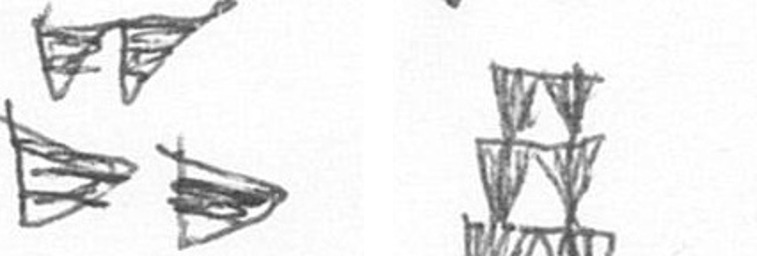
B Y